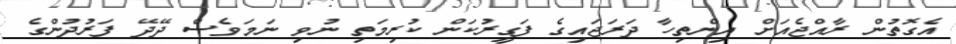
އެގޮތުން ރާއްޖެއަށް އިންތިހާ ދަރަޖައިގެ ފަގީރުކަން ކުރިމަތި ނުވި ނަމަވެސް ދޭދޭ ފަރުދުންގެ